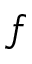
f